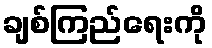
ချစ်ကြည်ရေးကို